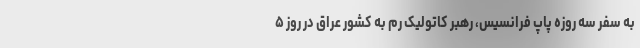
به سفر سه روزه پاپ فرانسیس، رهبر کاتولیک‌ رم به کشور عراق در روز ۵